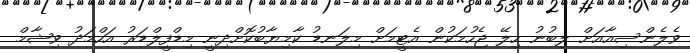
ވެލެންސިއާއަށް ލިބުނު ހިލޭ ޖެހުމަކުން އެޓީމަށް މިލަނޑު ކާމިޔާބުކޮށްދިނީ މިޑްފީލްޑަރު އަހްމަދު ވިޝާމް